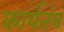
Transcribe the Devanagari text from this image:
कार्यतंत्र